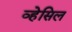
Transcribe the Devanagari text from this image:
व्हेसिल